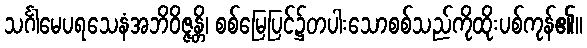
သင်္ဂါမေပရသေနံအဘိဝိဇ္ဇန္တိ၊ စစ်မြေပြင်၌တပါးသောစစ်သည်ကိုထိုးပစ်ကုန်၏။